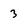
Character: 3